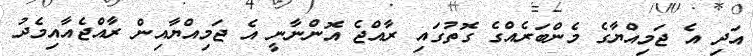
އަދި އެ ޖަމިއްޔާގެ މެންބަރެއްގެ ގޮތުގައި ރާއްޖެ އޮންނާނީ އެ ޖަމިއްޔާއިން ރާއްޖެއާއިމެދު